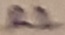
Text: R2